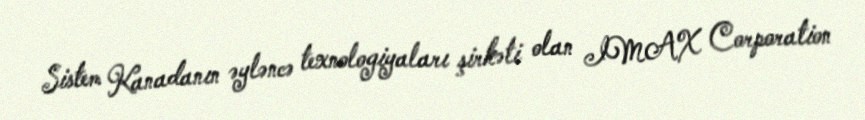
Sistem Kanadanın əyləncə texnologiyaları şirkəti olan IMAX Corporation